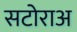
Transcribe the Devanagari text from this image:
सटोराअ